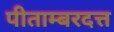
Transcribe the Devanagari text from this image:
पीताम्बरदत्त